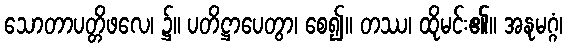
သောတာပတ္တိဖလေ၊ ၌။ ပတိဋ္ဌာပေတွာ၊ စေ၍။ တဿ၊ ထိုမင်း၏။ အနုမဂ္ဂံ၊